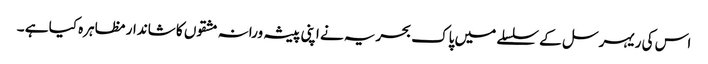
اس کی ریہرسل کے سلسلے میں پاک بحریہ نے اپنی پیشہ ورانہ مشقوں کا شاندار مظاہرہ کیا ہے ۔